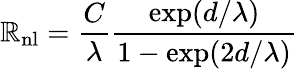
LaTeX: \mathbb{R}_{\mathrm{{{nl}}}}=\frac{{C}}{{\lambda}}\frac{{\exp(d/\lambda)}}{{1-\exp(2d/\lambda)}}